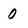
Character: 0